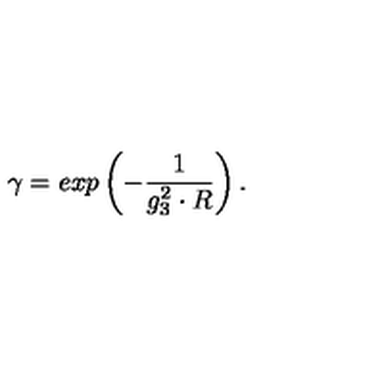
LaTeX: \gamma = e x p \left( - \frac { 1 } { g _ { 3 } ^ { 2 } \cdot R } \right) .